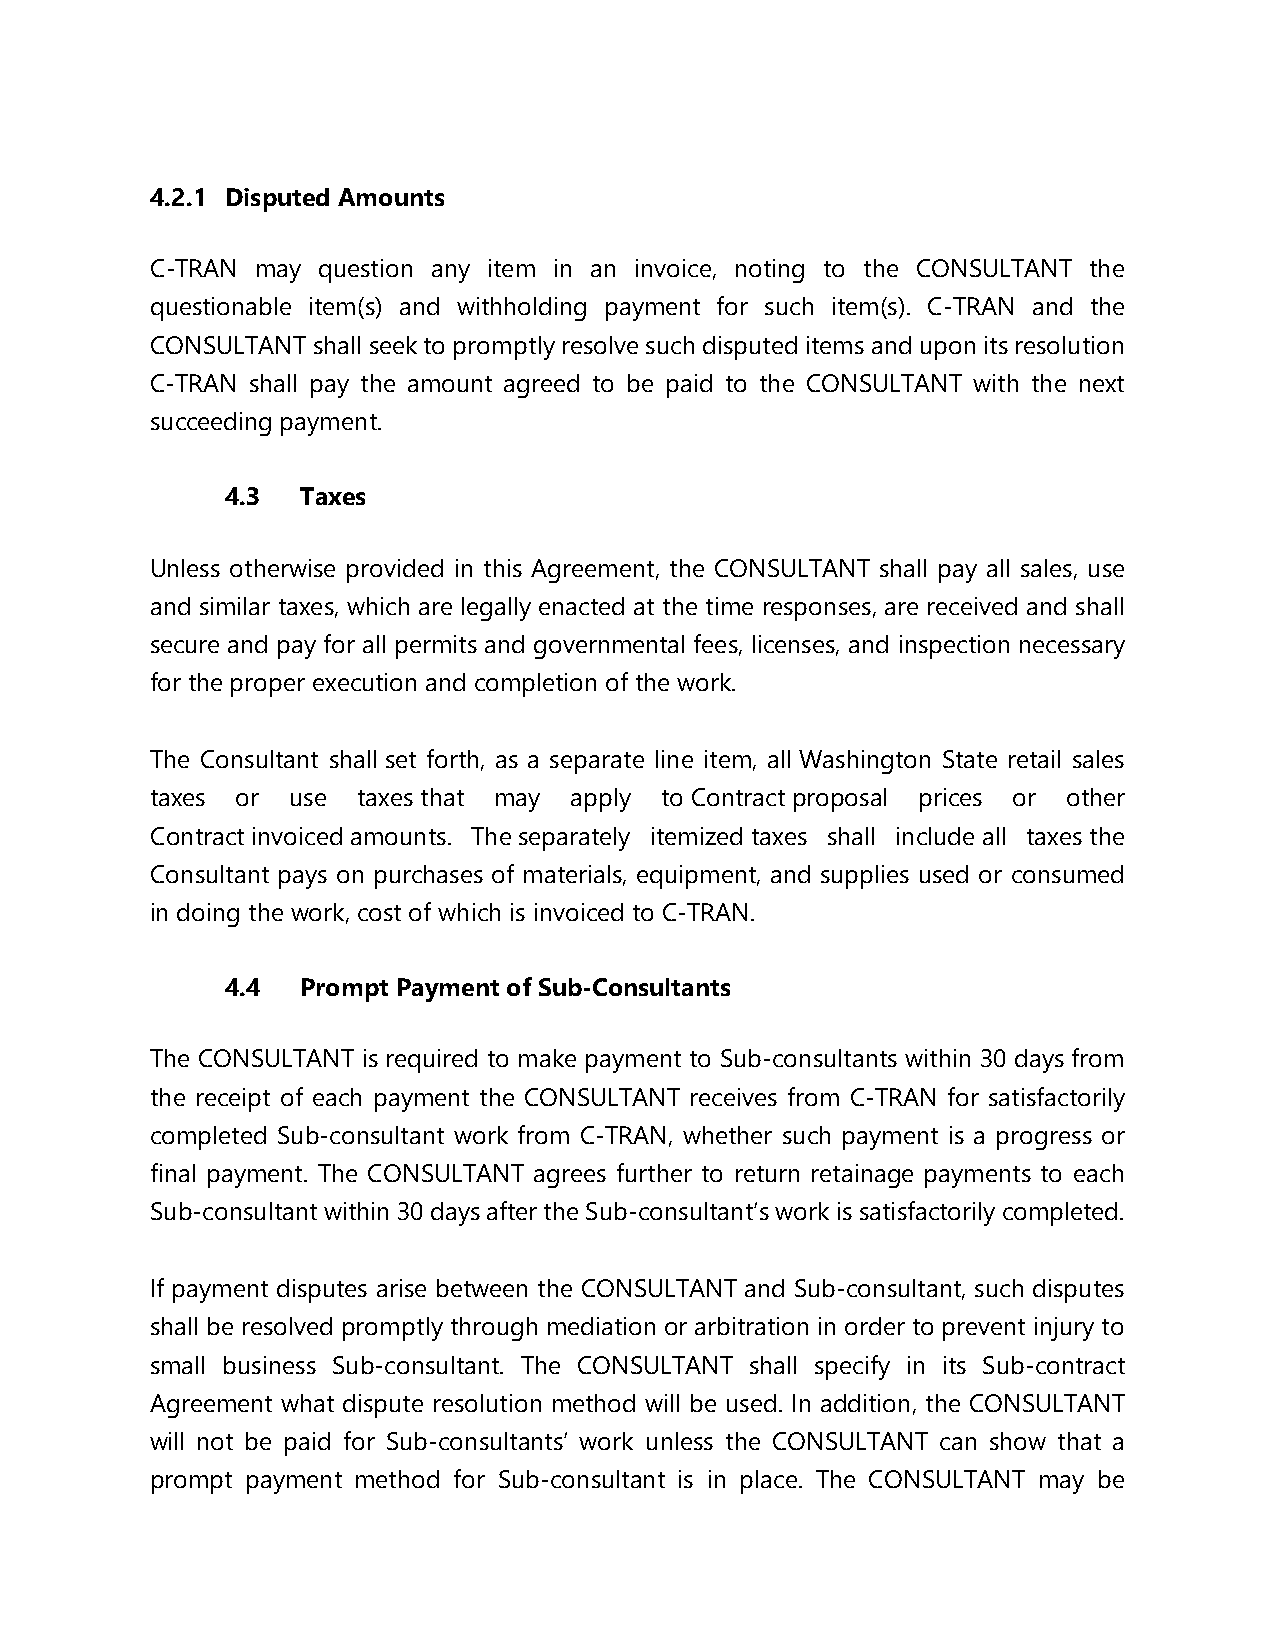
4.2.1 Disputed Amounts
 C-TRAN may question any item in an invoice, noting to the CONSULTANT the
 questionable item(s) and withholding payment for such item(s). C-TRAN and the
 CONSULTANT shall seek to promptly resolve such disputed items and upon its resolution
 C-TRAN shall pay the amount agreed to be paid to the CONSULTANT with the next
 succeeding payment.
 4.3  Taxes
 Unless otherwise provided in this Agreement, the CONSULTANT shall pay all sales, use
 and similar taxes, which are legally enacted at the time responses, are received and shall
 secure and pay for all permits and governmental fees, licenses, and inspection necessary
 for the proper execution and completion of the work.
 The Consultant shall set forth, as a separate line item, all Washington State retail sales
 taxes or use  taxes that may apply to Contract proposal prices or other
 Contract invoiced amounts. The separately itemized taxes shall include all taxes the
 Consultant pays on purchases of materials, equipment, and supplies used or consumed
 in doing the work, cost of which is invoiced to C-TRAN.
 4.4  Prompt Payment of Sub-Consultants
 The CONSULTANT is required to make payment to Sub-consultants within 30 days from
 the receipt of each payment the CONSULTANT receives from C-TRAN for satisfactorily
 completed Sub-consultant work from C-TRAN, whether such payment is a progress or
 final payment. The CONSULTANT agrees further to return retainage payments to each
 Sub-consultant within 30 days after the Sub-consultant’s work is satisfactorily completed.
 If payment disputes arise between the CONSULTANT and Sub-consultant, such disputes
 shall be resolved promptly through mediation or arbitration in order to prevent injury to
 small business Sub-consultant. The CONSULTANT shall specify in its Sub-contract
 Agreement what dispute resolution method will be used. In addition, the CONSULTANT
 will not be paid for Sub-consultants’ work unless the CONSULTANT can show that a
 prompt payment method for Sub-consultant is in place. The CONSULTANT may be